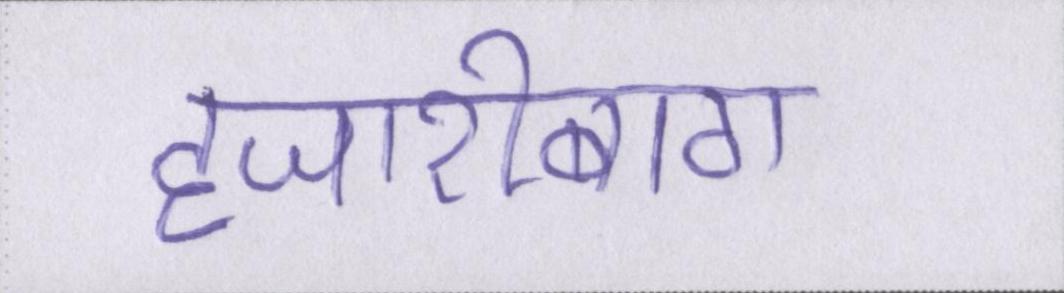
हजारीबाग